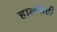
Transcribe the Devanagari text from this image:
हालकंठी